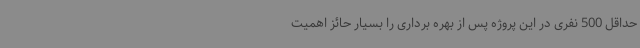
حداقل 500 نفری در این پروژه پس از بهره برداری را بسیار حائز اهمیت